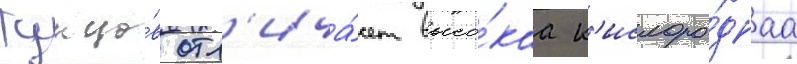
Тунцо́в отл'ича́ет высо́каа к'ислоро́днаа